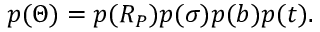
p ( \Theta ) = p ( R _ { P } ) p ( \sigma ) p ( b ) p ( t ) .